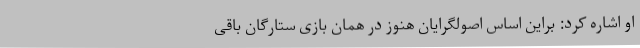
او اشاره کرد: براین اساس اصولگرایان هنوز در همان بازی ستارگان باقی